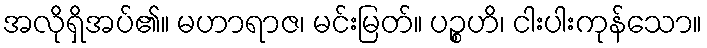
အလိုရှိအပ်၏။ မဟာရာဇ၊ မင်းမြတ်။ ပဉ္စဟိ၊ ငါးပါးကုန်သော။